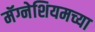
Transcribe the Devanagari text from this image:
मॅग्नेशियमच्या